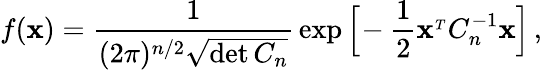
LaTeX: f({\mathbf x})={\frac{1}{(2\pi)^{n/2}\sqrt{\operatorname*{det}C_{n}}}}\exp\Big[\! -{\frac{1}{2}}{\mathbf x}^{_T}C_{n}^{-1}{\mathbf x}\Big]\, ,